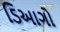
ડિઆગો